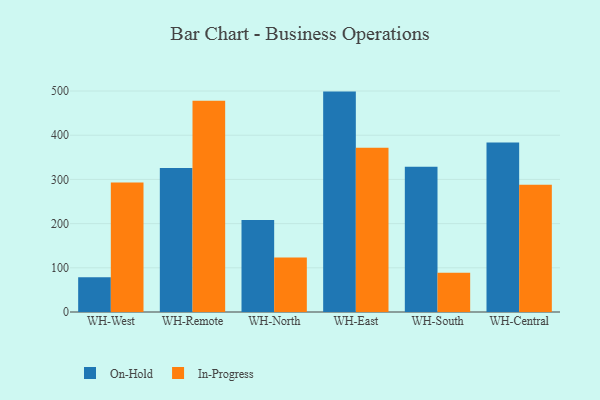
{"axis": {"x": "Warehouse", "y": "Energy Usage (MWh)"}, "legend": ["In-Progress", "On-Hold"], "data": [{"x": "WH-West", "y": 78.8, "type": "On-Hold"}, {"x": "WH-West", "y": 293.0, "type": "In-Progress"}, {"x": "WH-Remote", "y": 326.0, "type": "On-Hold"}, {"x": "WH-Remote", "y": 477.9, "type": "In-Progress"}, {"x": "WH-North", "y": 208.2, "type": "On-Hold"}, {"x": "WH-North", "y": 123.2, "type": "In-Progress"}, {"x": "WH-East", "y": 498.7, "type": "On-Hold"}, {"x": "WH-East", "y": 371.5, "type": "In-Progress"}, {"x": "WH-South", "y": 328.9, "type": "On-Hold"}, {"x": "WH-South", "y": 89.0, "type": "In-Progress"}, {"x": "WH-Central", "y": 383.6, "type": "On-Hold"}, {"x": "WH-Central", "y": 288.1, "type": "In-Progress"}]}